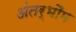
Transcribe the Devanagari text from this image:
अंतर्भौम